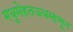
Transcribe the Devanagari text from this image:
मधुमेहतज्ज्ञम्हणून